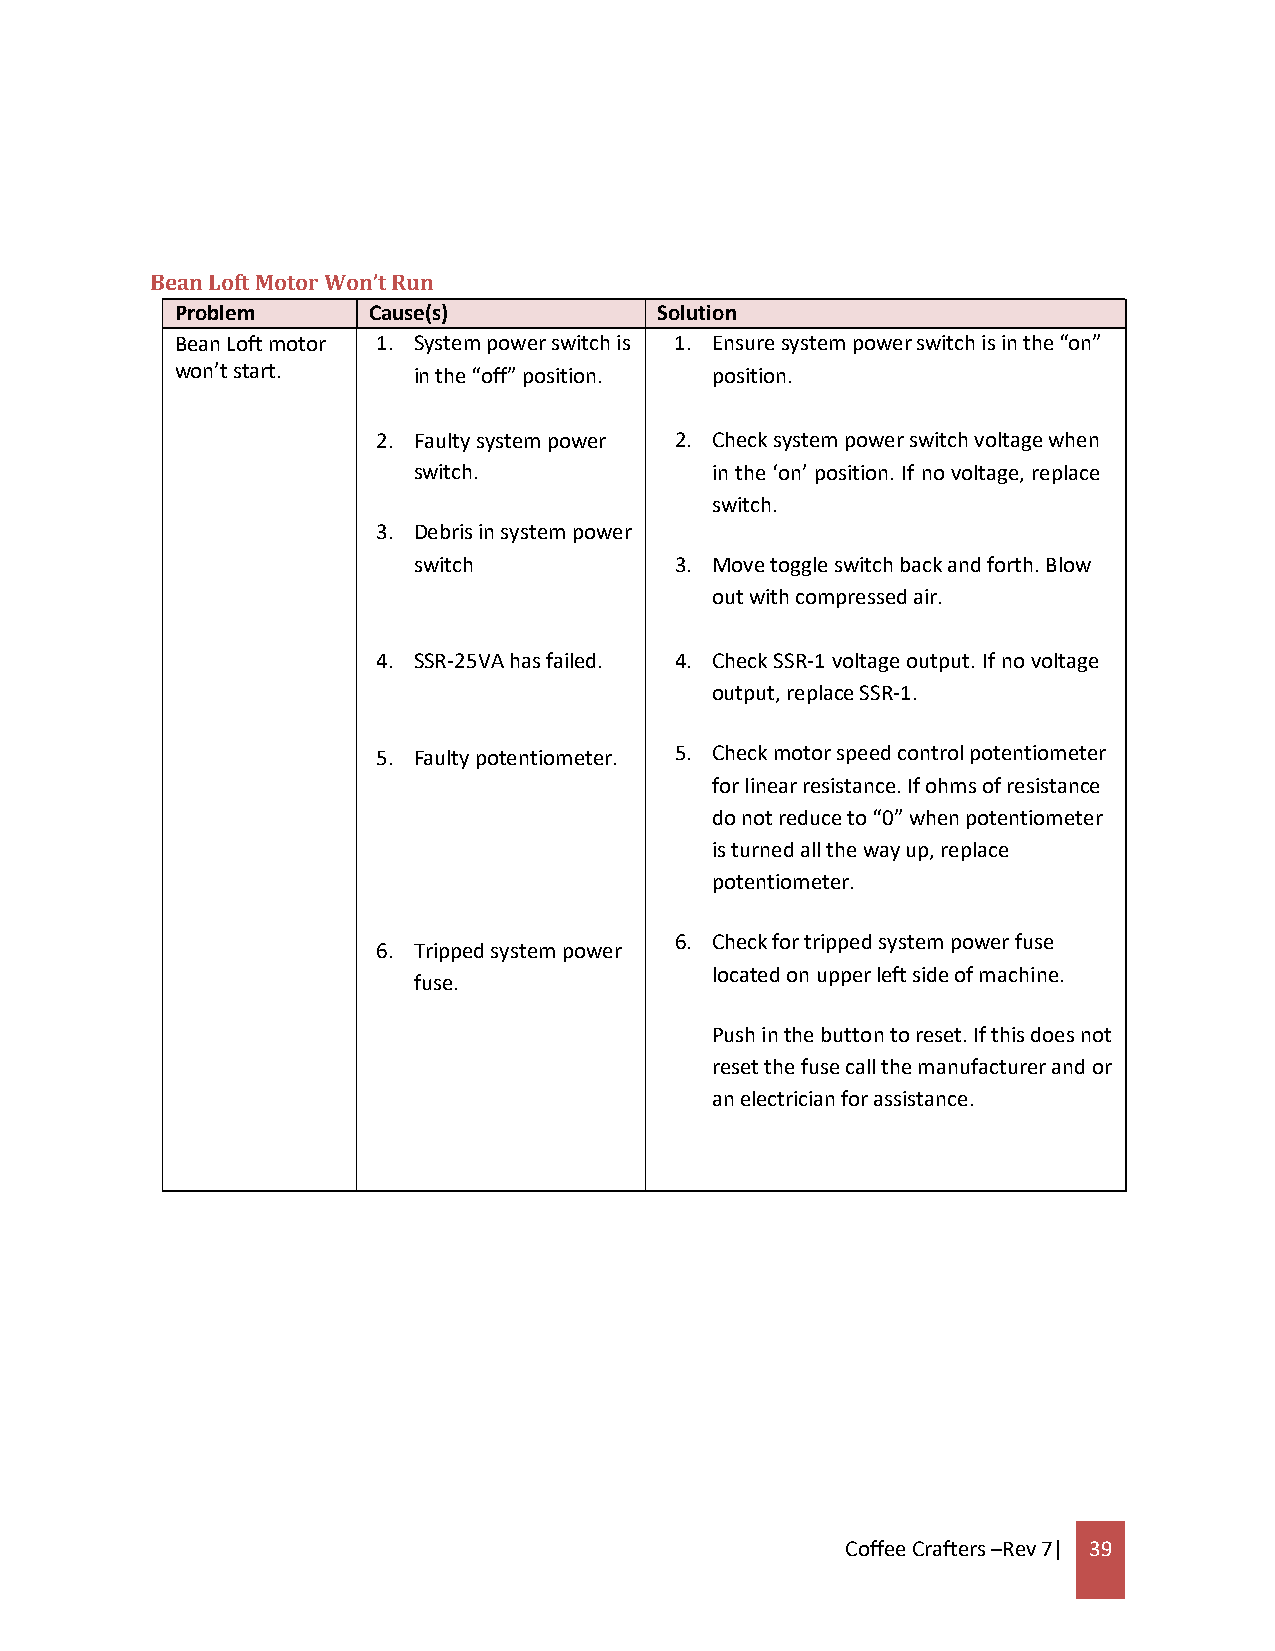
Bean Loft Motor Won’t Run
 Problem     Cause(s)            Solution
 Bean Loft motor 1. System power switch is 1. Ensure system power switch is in the “on”
 won’t start.   in the “off” position. position.
 2. Faulty system power 2. Check system power switch voltage when
 switch.             in the ‘on’ position. If no voltage, replace
 switch.
 3. Debris in system power
 switch            3. Move toggle switch back and forth. Blow
 out with compressed air.
 4. SSR-25VA has failed. 4. Check SSR-1 voltage output. If no voltage
 output, replace SSR-1.
 5. Faulty potentiometer. 5. Check motor speed control potentiometer
 for linear resistance. If ohms of resistance
 do not reduce to “0” when potentiometer
 is turned all the way up, replace
 potentiometer.
 6. Check for tripped system power fuse
 6. Tripped system power
 located on upper left side of machine.
 fuse.
 Push in the button to reset. If this does not
 reset the fuse call the manufacturer and or
 an electrician for assistance.
 Coffee Crafters –Rev 7| 39